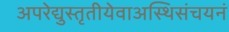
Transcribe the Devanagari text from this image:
अपरेद्युस्तृतीयेवाअस्थिसंचयनं